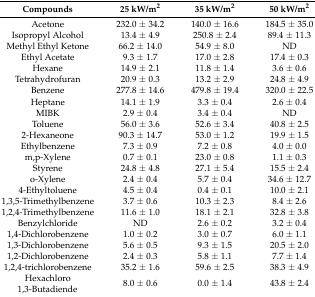
<table><thead><tr><td><b>Compounds</b></td><td><b>25 kW/m<sup>2</sup></b></td><td><b>35 kW/m<sup>2</sup></b></td><td><b>50 kW/m<sup>2</sup></b></td></tr></thead><tbody><tr><td>Acetone</td><td>232.0 ± 34.2</td><td>140.0 ± 16.6</td><td>184.5 ± 35.0</td></tr><tr><td>Isopropyl Alcohol</td><td>13.4 ± 4.9</td><td>250.8 ± 2.4</td><td>89.4 ± 11.3</td></tr><tr><td>Methyl Ethyl Ketone</td><td>66.2 ± 14.0</td><td>54.9 ± 8.0</td><td>ND</td></tr><tr><td>Ethyl Acetate</td><td>9.3 ± 1.7</td><td>17.0 ± 2.8</td><td>17.4 ± 0.3</td></tr><tr><td>Hexane</td><td>14.9 ± 2.1</td><td>11.8 ± 1.4</td><td>3.6 ± 0.6</td></tr><tr><td>Tetrahydrofuran</td><td>20.9 ± 0.3</td><td>13.2 ± 2.9</td><td>24.8 ± 4.9</td></tr><tr><td>Benzene</td><td>277.8 ± 14.6</td><td>479.8 ± 19.4</td><td>320.0 ± 22.5</td></tr><tr><td>Heptane</td><td>14.1 ± 1.9</td><td>3.3 ± 0.4</td><td>2.6 ± 0.4</td></tr><tr><td>MIBK</td><td>2.9 ± 0.4</td><td>3.4 ± 0.4</td><td>ND</td></tr><tr><td>Toluene</td><td>56.0 ± 3.6</td><td>52.6 ± 3.4</td><td>40.8 ± 2.5</td></tr><tr><td>2-Hexaneone</td><td>90.3 ± 14.7</td><td>53.0 ± 1.2</td><td>19.9 ± 1.5</td></tr><tr><td>Ethylbenzene</td><td>7.3 ± 0.9</td><td>7.2 ± 0.8</td><td>4.0 ± 0.0</td></tr><tr><td>m,p-Xylene</td><td>0.7 ± 0.1</td><td>23.0 ± 0.8</td><td>1.1 ± 0.3</td></tr><tr><td>Styrene</td><td>24.8 ± 4.8</td><td>27.1 ± 5.4</td><td>15.5 ± 2.4</td></tr><tr><td>o-Xylene</td><td>2.4 ± 0.4</td><td>5.7 ± 0.4</td><td>34.6 ± 12.7</td></tr><tr><td>4-Ethyltoluene</td><td>4.5 ± 0.4</td><td>0.4 ± 0.1</td><td>10.0 ± 2.1</td></tr><tr><td>1,3,5-Trimethylbenzene</td><td>3.7 ± 0.6</td><td>10.3 ± 2.3</td><td>8.4 ± 2.6</td></tr><tr><td>1,2,4-Trimethylbenzene</td><td>11.6 ± 1.0</td><td>18.1 ± 2.1</td><td>32.8 ± 3.8</td></tr><tr><td>Benzylchloride</td><td>ND</td><td>2.6 ± 0.2</td><td>3.2 ± 0.4</td></tr><tr><td>1,4-Dichlorobenzene</td><td>1.0 ± 0.2</td><td>3.0 ± 0.7</td><td>6.0 ± 1.1</td></tr><tr><td>1,3-Dichlorobenzene</td><td>5.6 ± 0.5</td><td>9.3 ± 1.5</td><td>20.5 ± 2.0</td></tr><tr><td>1,2-Dichlorobenzene</td><td>2.4 ± 0.3</td><td>5.8 ± 1.1</td><td>7.7 ± 1.4</td></tr><tr><td>1,2,4-trichlorobenzene</td><td>35.2 ± 1.6</td><td>59.6 ± 2.5</td><td>38.3 ± 4.9</td></tr><tr><td>Hexachloro 1,3-Butadiende</td><td>8.0 ± 0.6</td><td>0.0 ± 1.4</td><td>43.8 ± 2.4</td></tr></tbody></table>